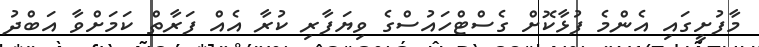
މާފުށީގައި އެންމެ ފުޅާކޮށް ގެސްޓްހައުސްގެ ވިޔަފާރި ކުރާ އެއް ފަރާތް ކަމަށްވާ އަބްދު